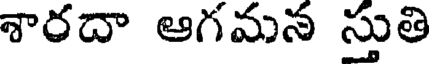
శారదా ఆగమన స్తుతి